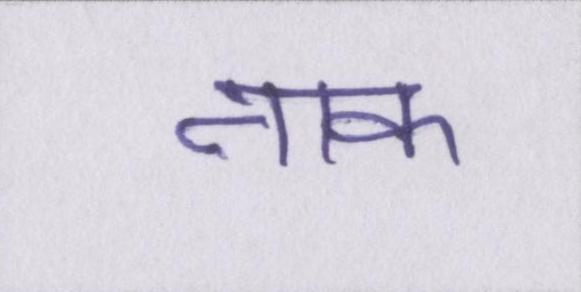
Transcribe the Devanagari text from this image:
नाक